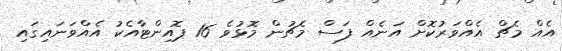
އެއް މެޗް އެއްވަރުކޮށް އަނެއް ފަސް މެޗުން މޮޅުވެ 16 ޕޮއިންޓާއެކު އެއްވަނައިގައި